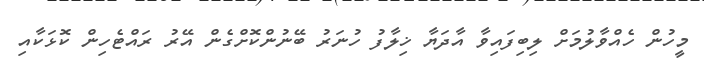
މީހުން ހެއްވާލުމަށް ލިބިފައިވާ އާދަޔާ ޚިލާފު ހުނަރު ބޭނުންކޮށްގެން އޭރު ރައްޓެހިން ކޮޅަކާއި